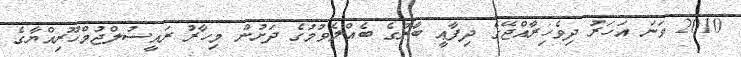
2010 ވަނަ އަހަރު ދިވެހިރާްއްޖޭގެ ދިފާޢީ ބާރުގެ ބެއްލެވުމުގެ ދަށުން މިހާރު ރައީސުލްޖުމްހޫރިއްޔާގެ